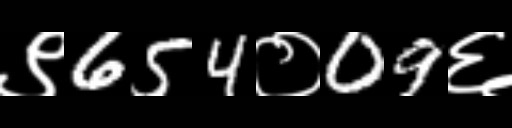
Text: ९654०09६